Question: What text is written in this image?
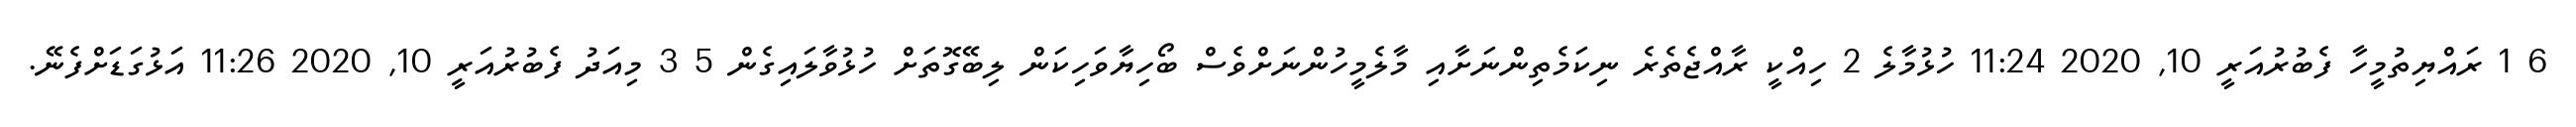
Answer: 6 1 ރައްޔިތުމީހާ ފެބުރުއަރީ 10, 2020 11:24 ހުޅުމާލެ 2 ހިއްކީ ރާއްޖެތެރެ ނިކަމެތިންނަށާއި މާލެމީހުންނަށްވެސް ބޯހިޔާވަހިކަން ލިބޭގޮތަށް ހުޅުވާލައިގެން 5 3 މިއަދު ފެބުރުއަރީ 10, 2020 11:26 އަޅުގަޑަށްފެނޭ.